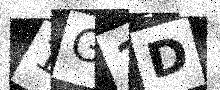
Text: 1G1D